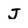
Character: J